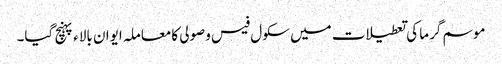
موسم گرما کی تعطیلات میں سکول فیس وصولی کامعاملہ ایوان بالاء پہنچ گیا۔